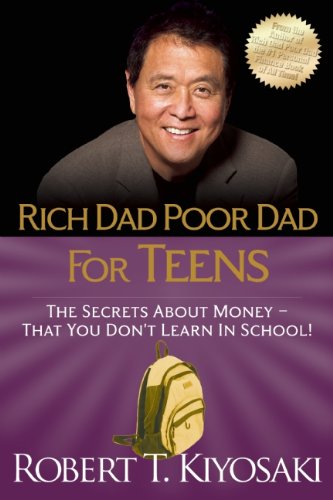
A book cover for Rich Dad Poor Dad for Teens: The Secrets about Money--That You Don't Learn in School!; Robert T. Kiyosaki; Business & Money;